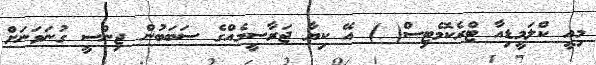
މިއީ ކްލަމީޑިއާ ޓްރެކޮމެޓިސް( ) އޭ ކިޔާ ޖަރާސީމެއްގެ ސަބަބުން ޖިންސީ ގުނަވަނަށް